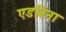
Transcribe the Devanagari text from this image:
एडविना